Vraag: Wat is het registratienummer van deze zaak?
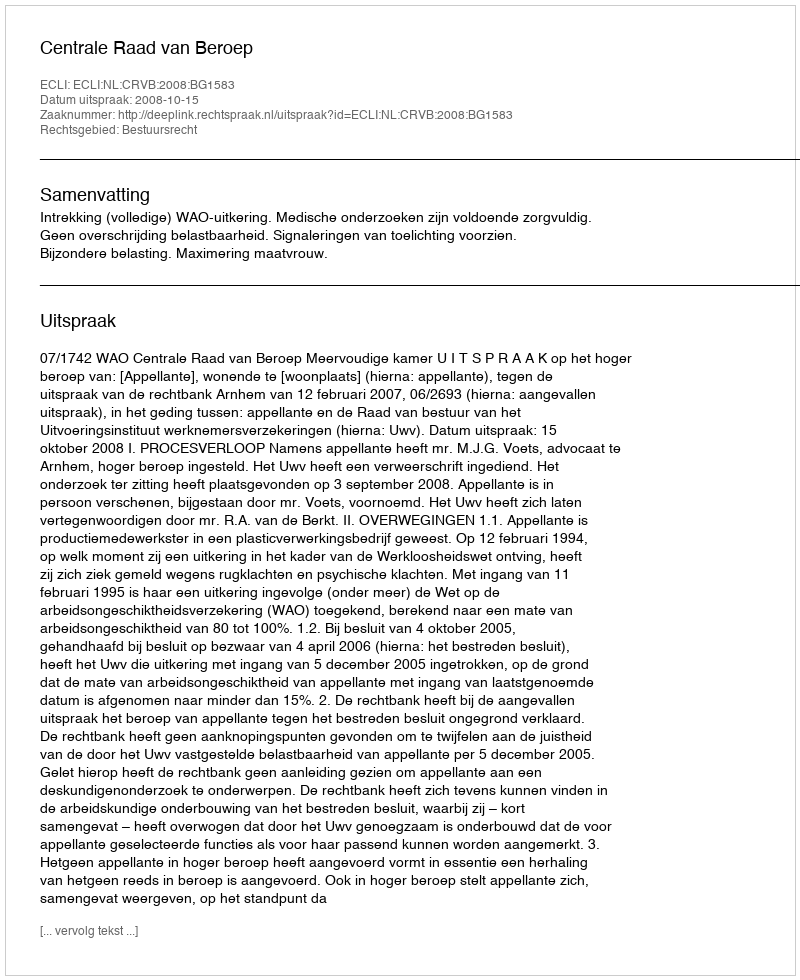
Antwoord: http://deeplink.rechtspraak.nl/uitspraak?id=ECLI:NL:CRVB:2008:BG1583